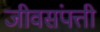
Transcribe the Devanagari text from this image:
जीवसंपत्ती